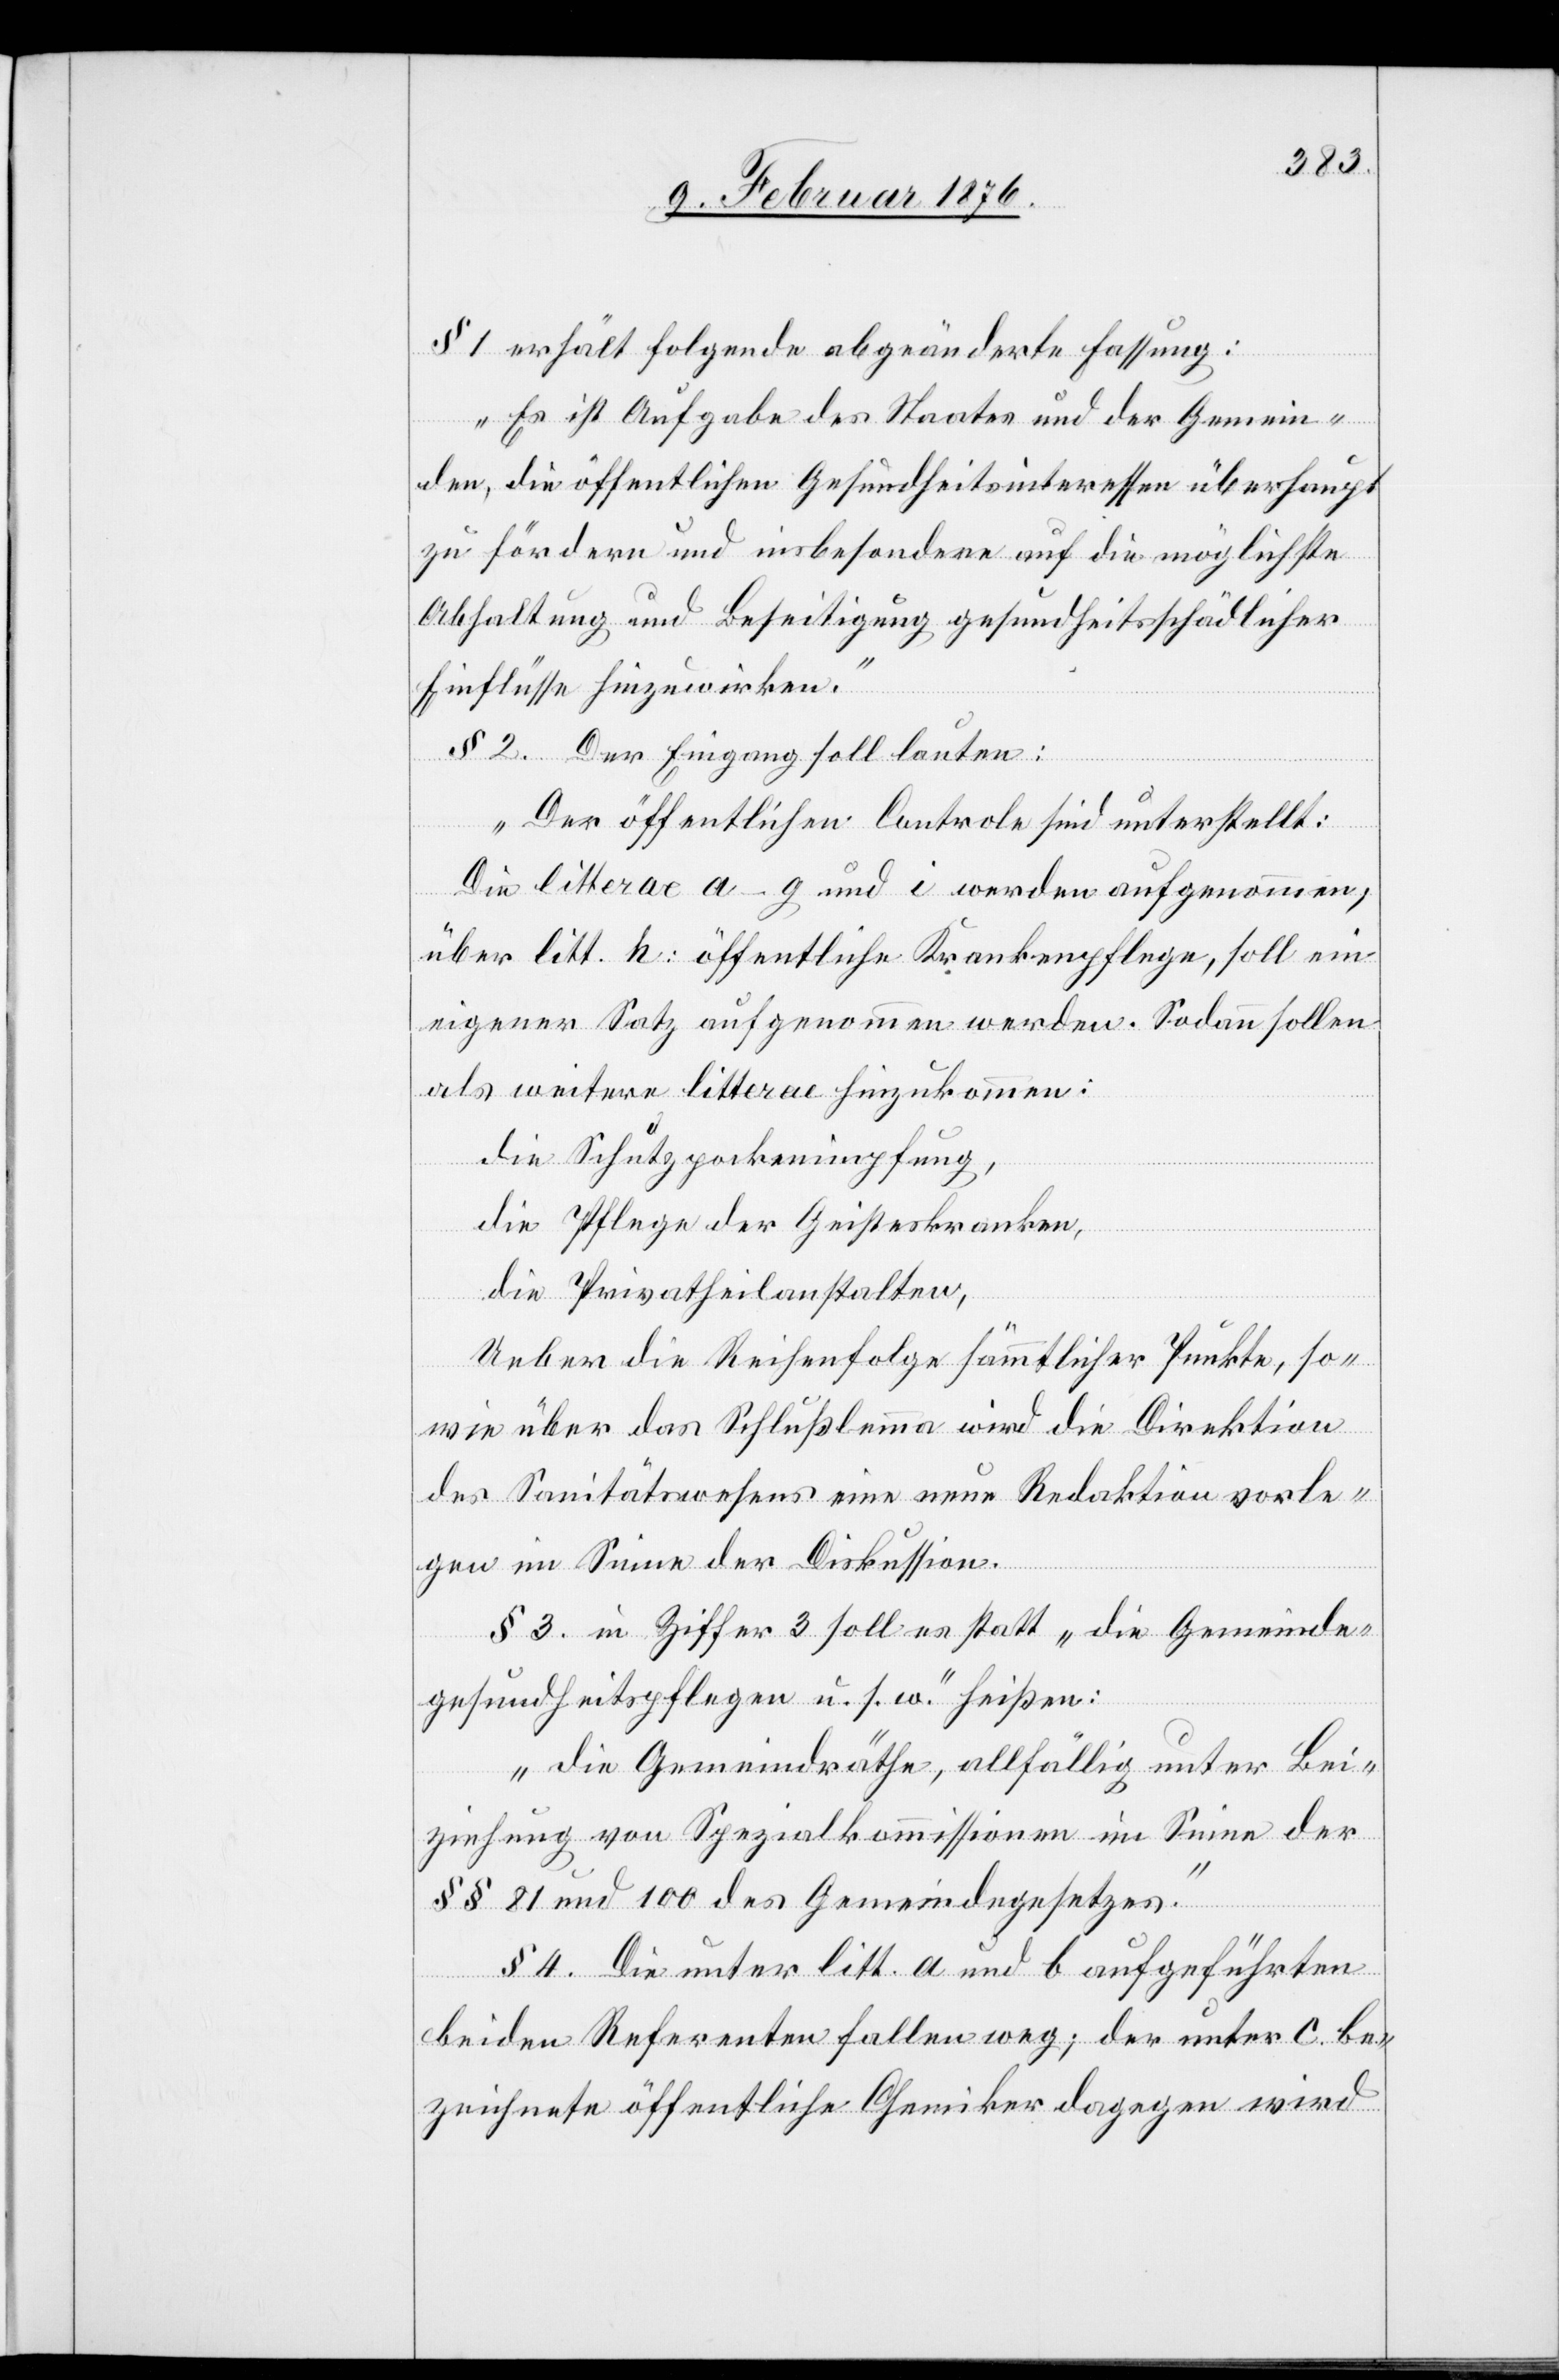
§ 1. erhält folgende abgeänderte Fassung:
„Es ist Aufgabe des Staates und der Gemein¬
den, die öffentlichen Gesundheitsinteressen überhaupt
zu fördern und insbesondere auf die möglichste
Abhaltung und Beseitigung gesundheitsschädlicher
Einflüsse hinzuwirken.“
§ 2. Der Eingang soll lauten:
„Der öffentlichen Centrale sind unterstellt:
Die litterae a–g und i werden aufgenommen,
über litt. h: öffentliche Krankenpflege, soll ein
eigener Satz aufgenommen werden. Sodann sollen
als weitere litterae hinzukommen:
die Schulpockenimpfung,
die Pflege der Geisteskranken,
die Privatheilanstalten,
Ueber die Reihenfolge sämmtlicher Punkte, so¬
wie über das Schlußlemma wird die Direktion
des Sanitätswesens eine neue Redaktion vorle¬
gen im Sinne der Diskussion.
§ 3. in Ziffer 3 soll es statt „die Gemeinde¬
gesundheitspflege u. s. f.“ heißen:
„die Gemeinederäthe, allfällig unter Bei¬
ziehung von Schulkommissionen im Sinne der
§§ 81 und 100 des Gemeindegesetzes.“
§ 4. Die unter litt. a und b aufgeführten
beiden Referenten fallen weg; der unter c be¬
zeichnete öffentliche Chemiker dagegen wird